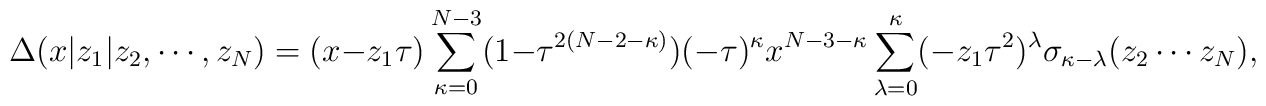
\Delta (x|z_1|z_2,\cdots,z_N)=(x-z_1\tau)\sum_{\kappa=0}^{N-3}(1-\tau^{2(N-2-\kappa)})(-\tau)^\kappa x^{N-3-\kappa}\sum_{\lambda=0}^\kappa(-z_1\tau^2)^\lambda\sigma_{\kappa-\lambda}(z_2 \cdots z_N),